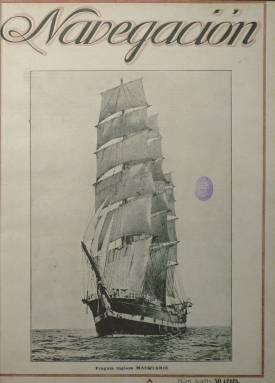
Título: Navegación (Barcelona)
Colección: Navegación
Ámbito geográfico: Barcelona
Lugar de publicación: Barcelona
Fechas: 25/11/1918-30/09/1921

“Revista marítima” es el subtítulo de esta publicación “ilustrada”, que publica su primer número el 25 de noviembre de 1918, y seguirá haciéndolo desde el primero de enero de 1919 con una periodicidad quincenal (saliendo los días 1 y 15 de cada mes), hasta que en 1920 se haga mensual. Fue fundada y dirigida por el escritor y capitán de la Marina Mercante Julián Amich Bert, y estará dedicada a asuntos relacionados con la industria y el comercio marítimo, con información sobre los astilleros navales, especialmente los españoles, muelles portuarios, botaduras de buques, cotizaciones de los valores marítimos, otros profesionales, técnicos y mecánicos y, en general, sobre la marina mercante. Tiene una destacada sección con el epígrafe Los puertos, en la que publica crónicas sobre la actividad de los mismos, especialmente de los de Barcelona, Bilbao, Gijón, Ferrol, Cádiz o Cartagena, contando con corresponsales en los más importantes, como es el caso del periodista Saturnino Lafarga, que escribirá crónicas desde Vizcaya; y otras de Buques nuevos, Mercado de fletes, Compra y venta de buques y la que se denomina Crónica general.

Otras destacadas seccione son: Arte e historia, de la que es autor Francisco Condeminas Mascaró, catedrático de Geografía e Historia en la Escuela Especial de Náutica y profesor del Instituto General y Técnico de Barcelona; Sección inglesa, que escribe el capitán de la Marina Mercante y también profesor de la citada Escuela Náutica Federico Martín Mora-Molins, que usa el seudónimo Fred para firmar otros textos de información extranjera. El propio Amich, además de otros artículos, firma una sección biográfica de los más destacados armadores y marinos españoles. También da cuenta de legislación procedente de la Gaceta de Madrid, y de la celebración de congresos o conferencias internacionales, como es el caso de la gran Exposición Internacional de Navegación y Construcción Naval y Nacional de Industrias Marítimas, celebrada en Barcelona a finales de 1920, y de la que Amich fue secretario general de su comité organizador. Así mismo, firman otros textos el hermano del director, con el seudónimo Amichatís, o el capitán mercante Pablo Ferrer.

Mientras la revista fue quincenal sus entregas fueron de una veintena de páginas, compuestas a una o dos columnas, y cuando pase a mensual, alcanzarán casi el medio centenar. Su cubierta la ocupa enteramente una ilustración de buques, fragatas y veleros o de puertos, contando para ello con las aportaciones del fotógrafo Santaella. Publica en su interior un buen número de fotograbados, sobre todo de buques, pero también de retratos y dibujos, e inserta publicidad comercial de astilleros, navieras, consignatarios, talleres, efectos navales o de compañías de transportes navales y de seguros. Usará la tinta de color tanto en la cubierta como en las inserciones publicitarias.

Llega a publicar entregas correspondientes a varios meses y casi con un año de retraso, tal como se indica en la data de su cabecera. A partir del número 34, de abril de 1921 (pero correspondiente a diciembre del año anterior), la revista pasa a estar dirigida por el ya citado capitán y profesor Federico Martín Mora-Molins, hasta que anuncia la “suspensión” de la revista en el número 38, de agosto-septiembre de 1921 (correspondiente al mes de abril).

Por su parte, Joaquín Amich se hará cargo del veterano periódico El Vigía (1895), dedicado al movimiento del puerto barcelonés, desde 1932 hasta estallar la guerra civil en 1936, reapareciendo el ocho de julio de 1955, y dirigiéndolo hasta su fallecimiento, en 1968. Amich también es autor del único Diccionario marítimo (1956) en lengua española y con varias ediciones, y de una Historia del puerto de Barcelona (1956), entre otras obras.